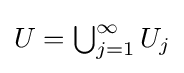
{\textstyle U=\bigcup _{j=1}^{\infty }U_{j}}